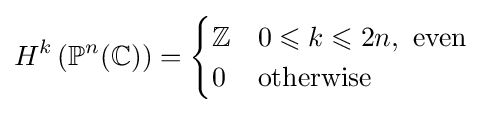
H^{k}\left(\mathbb {P} ^{n}(\mathbb {C} )\right)={\begin{cases}\mathbb {Z} &0\leqslant k\leqslant 2n,{\text{ even}}\\0&{\text{otherwise}}\end{cases}}